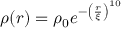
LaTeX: \rho ( r ) = \rho _ { 0 } e ^ { - \left( \frac { r } { \xi } \right) ^ { 1 0 } }